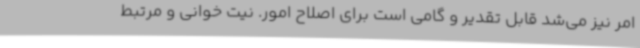
امر نیز می‌شد قابل تقدیر و گامی است برای اصلاح امور. نیت خوانی و مرتبط